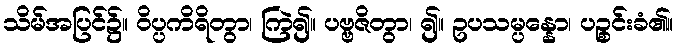
သိမ်အပြင်၌။ ဝိပ္ပကိရိတွာ၊ ကြဲ၍။ ပဗ္ဗဇိတွာ၊ ၍။ ဥပသမ္ပန္နော၊ ပဉ္စင်းခံ၏။